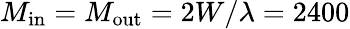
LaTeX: M_{\mathrm{in}}=M_{\mathrm{out}}=2W/\lambda=2400